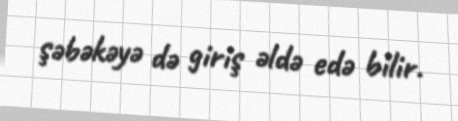
şəbəkəyə də giriş əldə edə bilir.